Indian journal of veterinary science and animal husbandry - Volumes 22-23, 1952-1953
Year: 1952
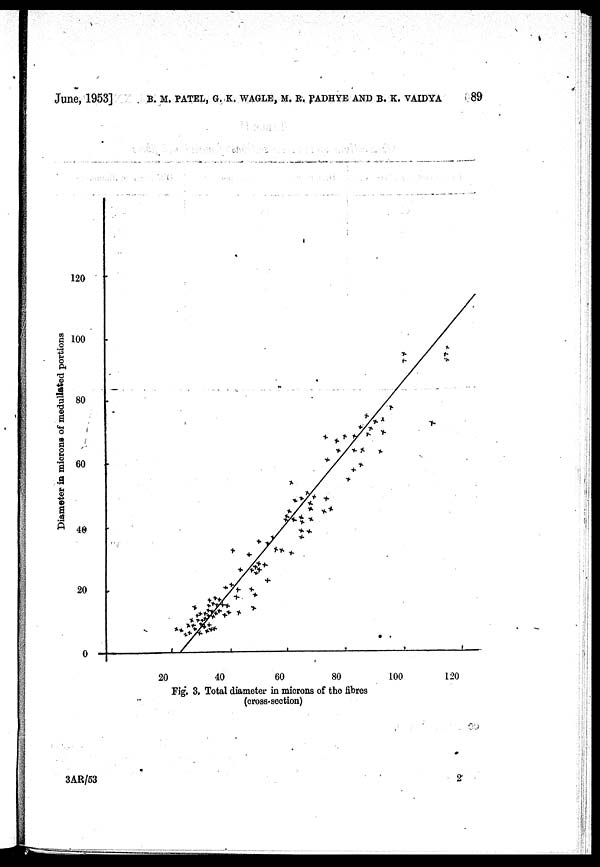
June, 1953] B. M. PATEl, G. K. WAGLE, M. R. PADHYE AND B. K. VAIDYA 89
Fig. 3. Total diameter in microns of the fibres
(cross-section)
3AR/53
2